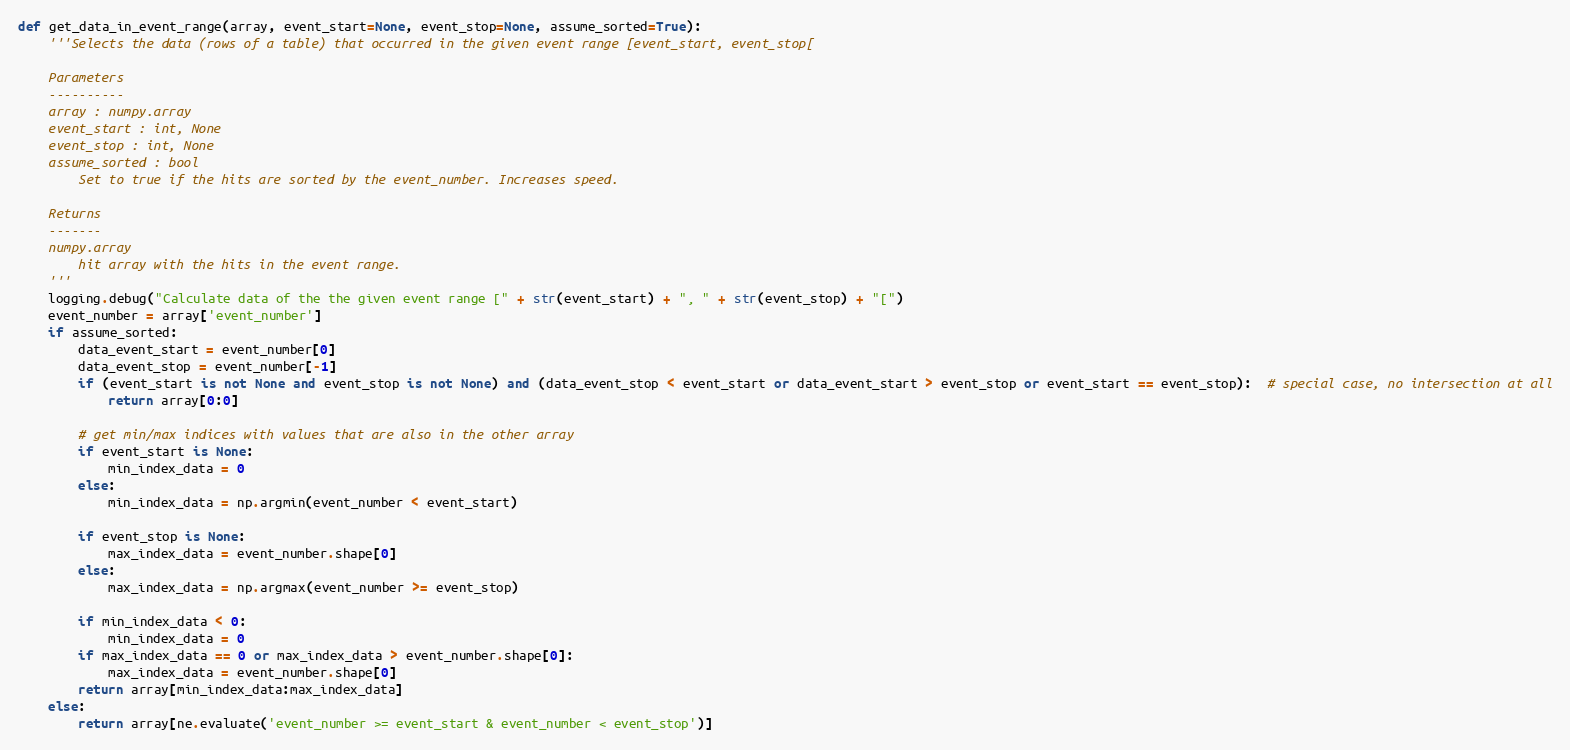
Language: Python
def get_data_in_event_range(array, event_start=None, event_stop=None, assume_sorted=True):
    '''Selects the data (rows of a table) that occurred in the given event range [event_start, event_stop[

    Parameters
    ----------
    array : numpy.array
    event_start : int, None
    event_stop : int, None
    assume_sorted : bool
        Set to true if the hits are sorted by the event_number. Increases speed.

    Returns
    -------
    numpy.array
        hit array with the hits in the event range.
    '''
    logging.debug("Calculate data of the the given event range [" + str(event_start) + ", " + str(event_stop) + "[")
    event_number = array['event_number']
    if assume_sorted:
        data_event_start = event_number[0]
        data_event_stop = event_number[-1]
        if (event_start is not None and event_stop is not None) and (data_event_stop < event_start or data_event_start > event_stop or event_start == event_stop):  # special case, no intersection at all
            return array[0:0]

        # get min/max indices with values that are also in the other array
        if event_start is None:
            min_index_data = 0
        else:
            min_index_data = np.argmin(event_number < event_start)

        if event_stop is None:
            max_index_data = event_number.shape[0]
        else:
            max_index_data = np.argmax(event_number >= event_stop)

        if min_index_data < 0:
            min_index_data = 0
        if max_index_data == 0 or max_index_data > event_number.shape[0]:
            max_index_data = event_number.shape[0]
        return array[min_index_data:max_index_data]
    else:
        return array[ne.evaluate('event_number >= event_start & event_number < event_stop')]